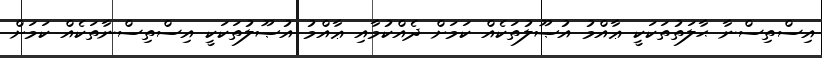
އިސްތިސްނާ ޙާލަތުތަކަކީ ޢާއްމު އުޞޫލުތަކެއް ކަމަށް ދެއްކުމާއި ޢާއްމު އުޞޫލުތަކަކީ އިސްތިސްނާތަކެއް ކަމަށް